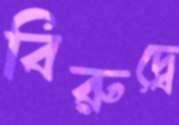
বিরুদ্বে